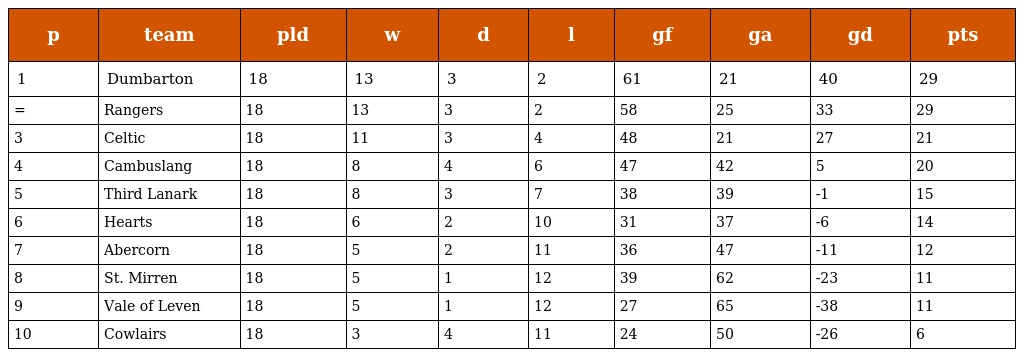
| p | team | pld | w | d | l | gf | ga | gd | pts |
 | --- | --- | --- | --- | --- | --- | --- | --- | --- | --- |
 | 1 | Dumbarton | 18 | 13 | 3 | 2 | 61 | 21 | 40 | 29 |
 | = | Rangers | 18 | 13 | 3 | 2 | 58 | 25 | 33 | 29 |
 | 3 | Celtic | 18 | 11 | 3 | 4 | 48 | 21 | 27 | 21 |
 | 4 | Cambuslang | 18 | 8 | 4 | 6 | 47 | 42 | 5 | 20 |
 | 5 | Third Lanark | 18 | 8 | 3 | 7 | 38 | 39 | -1 | 15 |
 | 6 | Hearts | 18 | 6 | 2 | 10 | 31 | 37 | -6 | 14 |
 | 7 | Abercorn | 18 | 5 | 2 | 11 | 36 | 47 | -11 | 12 |
 | 8 | St. Mirren | 18 | 5 | 1 | 12 | 39 | 62 | -23 | 11 |
 | 9 | Vale of Leven | 18 | 5 | 1 | 12 | 27 | 65 | -38 | 11 |
 | 10 | Cowlairs | 18 | 3 | 4 | 11 | 24 | 50 | -26 | 6 |